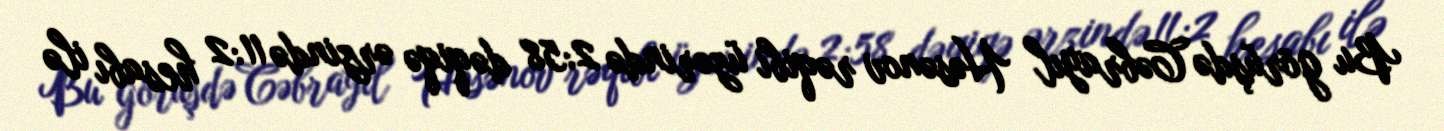
Bu görüşdə Cəbrayıl Həsənov rəqibi üzərində 2:58 dəqiqə ərzində 11:2 hesabı ilə